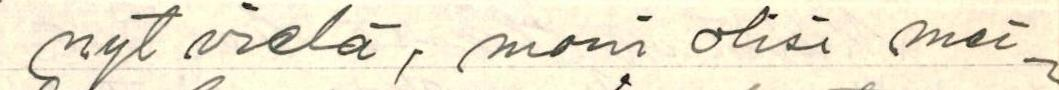
nyt vielä, moni olisi mei-